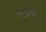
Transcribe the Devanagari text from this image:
काउडूर